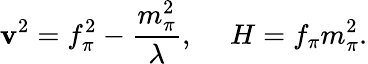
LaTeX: \mathbf{v}^{2}=f_{\pi}^{2}-\frac{{m_{\pi}^{2}}}{{\lambda}},\ \ \ \ \ H=f_{\pi}m_{\pi}^{2}.